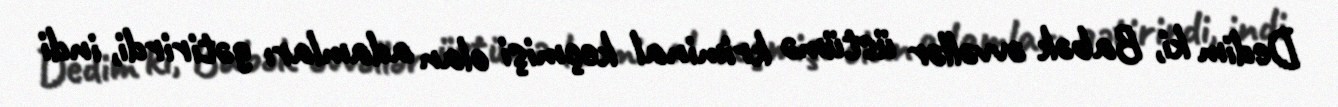
Dedim ki, Babək əvvəllər üstümə kriminal keçmişi olan adamları gətirirdi, indi